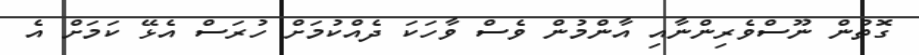
ގޮތުން ނޫސްވެރިންނާއި އާންމުން ވެސް ވާހަކަ ދެއްކުމަށް ހުރަސް އެޅޭ ކަމަށް އެ